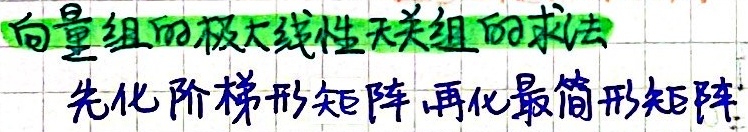
向量组的极大线性无关组的求法：先化阶梯形矩阵，再化最简形矩阵。